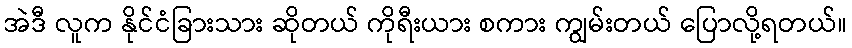
အဲဒီ လူက နိုင်ငံခြားသား ဆိုတယ် ကိုရီးယား စကား ကျွမ်းတယ် ပြောလို့ရတယ်။